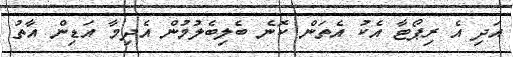
އަދި އެ ރިޕޯޓާ އެކު އެތަން ކޮނެ ބެލިބެލުމުން އެދިމާ އަޑިން އާތު